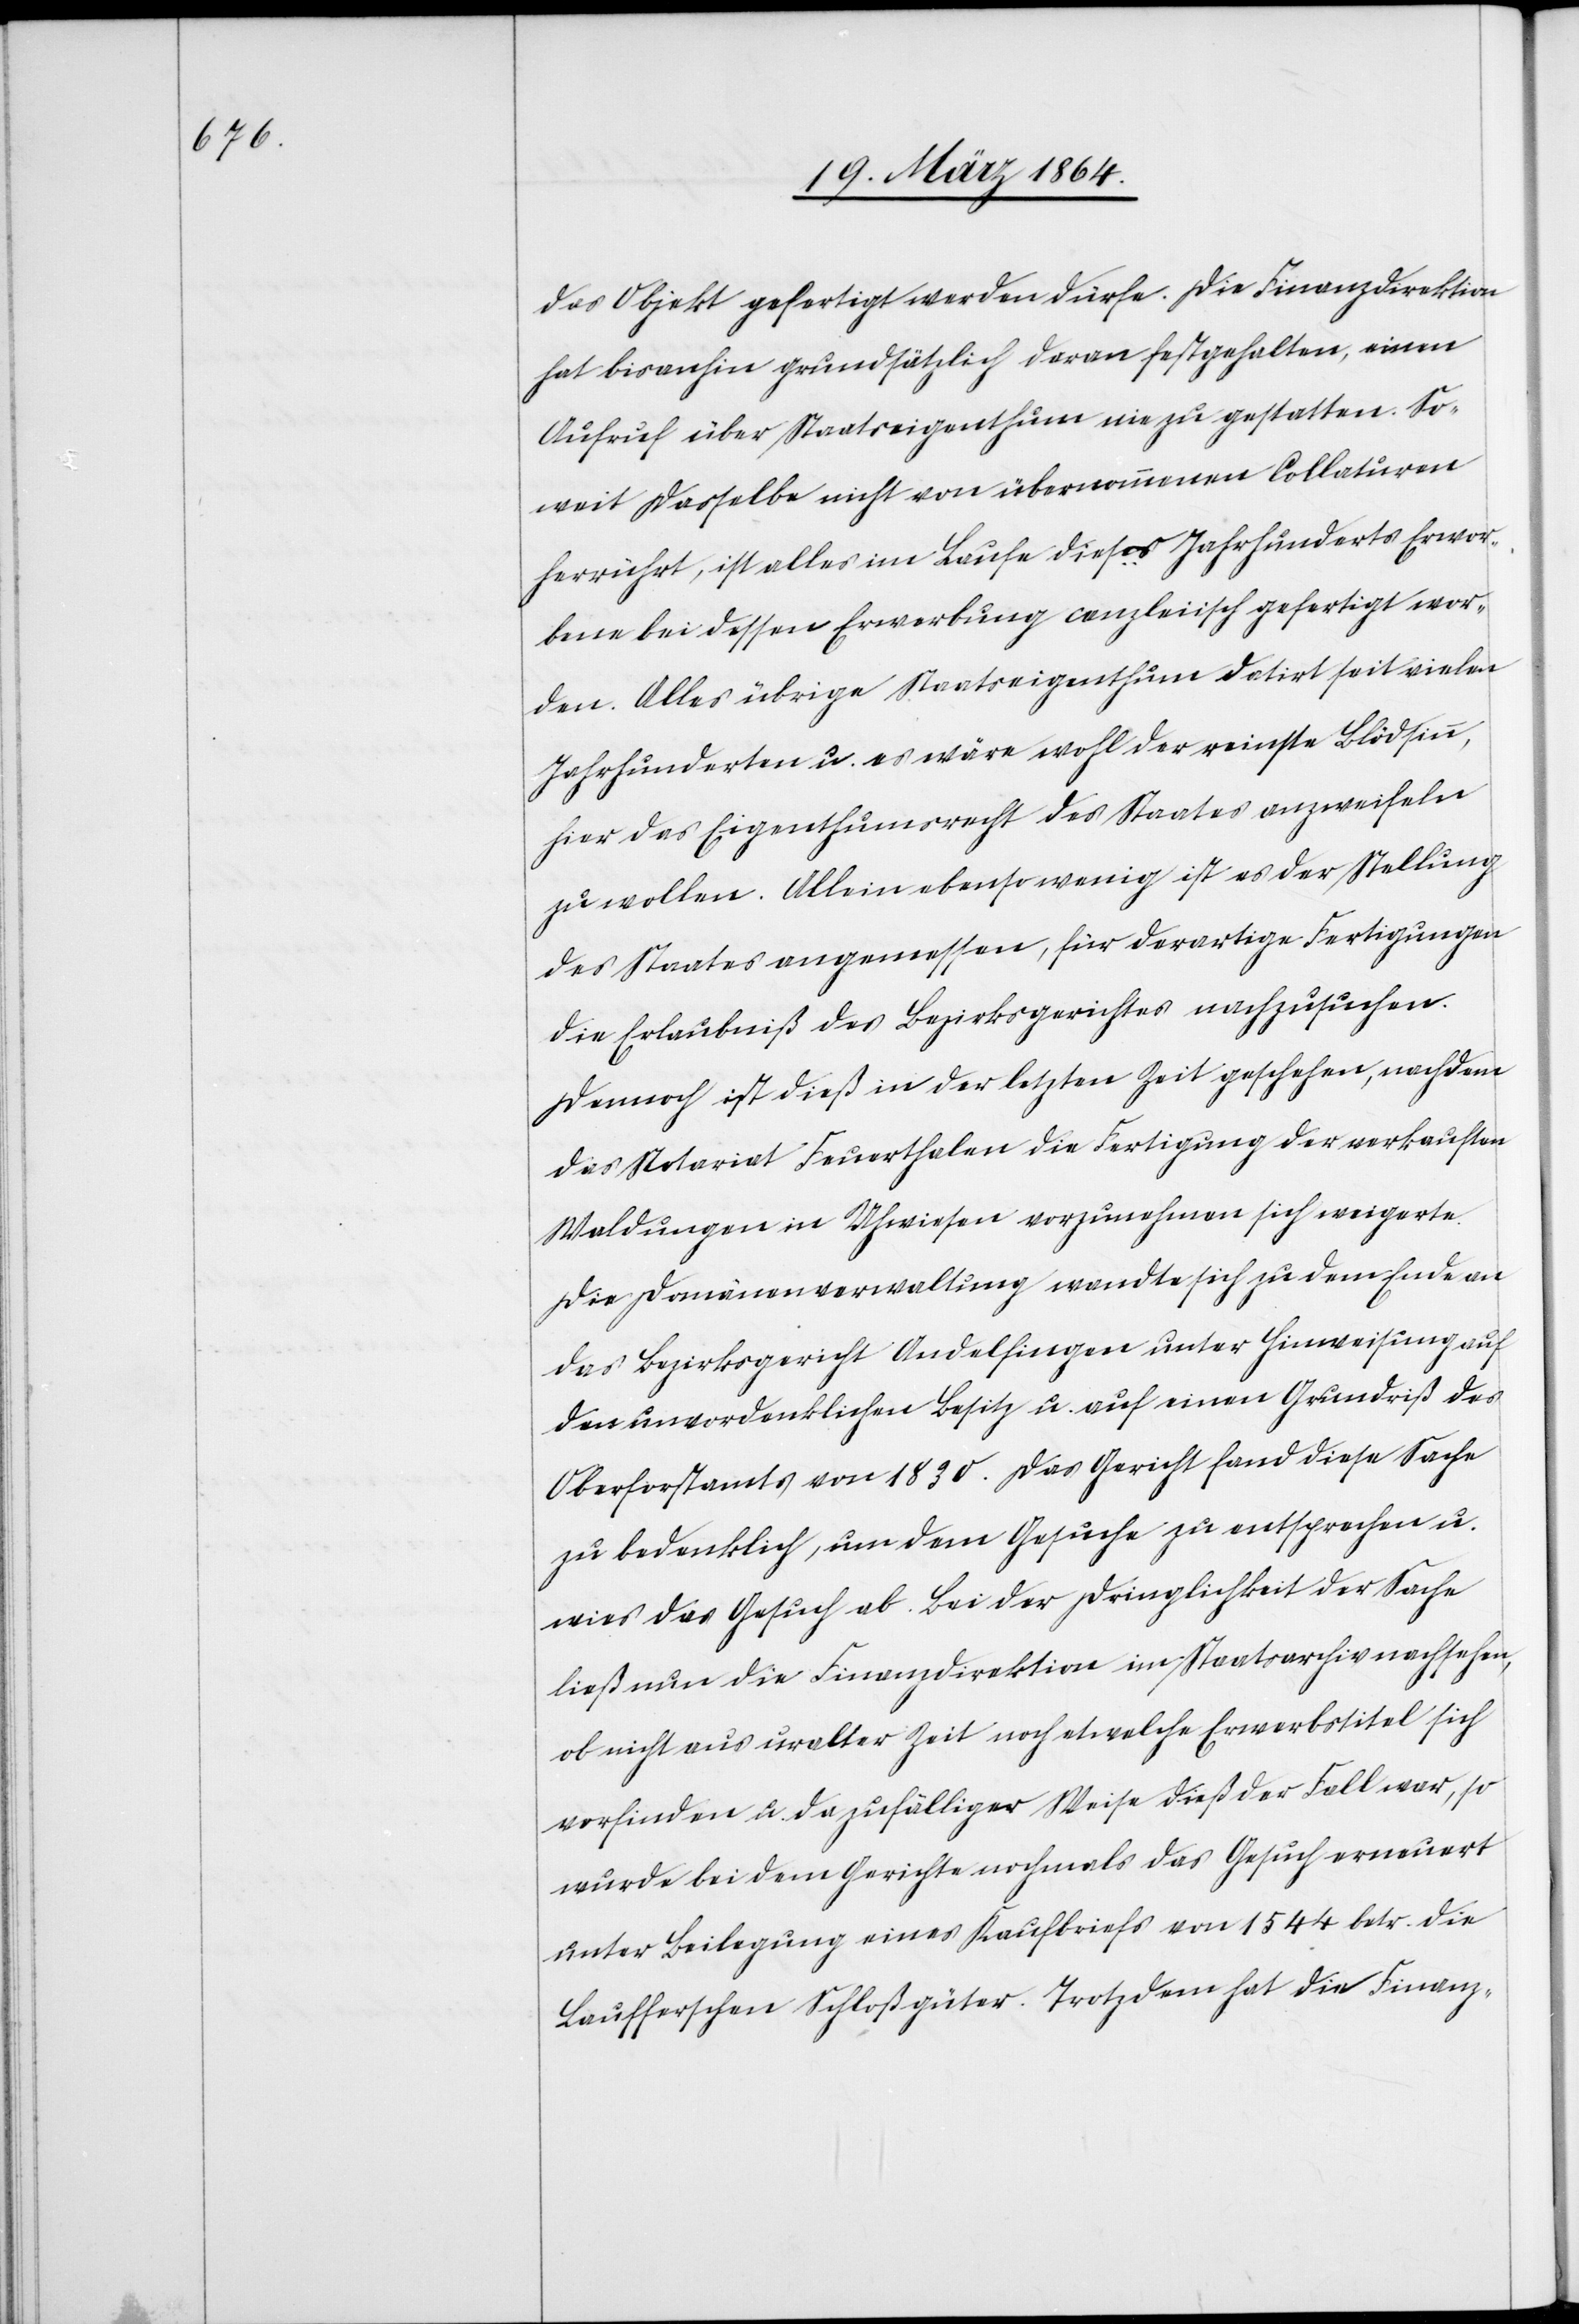
das Objekt gefertigt werden dürfe. Die Finanzdirektion
hat bisanhin grundsätzlich daran festgehalten, einen
Aufruf über Staatseigenthum nie zu gestatten. So¬
weit dasselbe nicht von übernommenen Collaturen
herrührt, ist alles im Laufe dieses Jahrhunderts Erwor¬
bene bei dessen Erwerbung canzleiisch gefertigt wor¬
den. Alles übrige Staatseigenthum datirt seit vielen
Jahrhunderten u. es wäre wohl der reinste Blödsinn,
hier das Eigenthumsrecht des Staates anzweifeln
zu wollen. Allein ebenso wenig ist es der Stellung
des Staates angemessen, für derartige Fertigungen
die Erlaubniß des Bezirksgerichtes nachzusuchen.
Dennoch ist dieß in der letzten Zeit geschehen, nachdem
das Notariat Feuerthalen die Fertigung der verkauften
Waldungen in Uhwiesen vorzunehmen sich weigerte.
Die Domänenverwaltung wandte sich zu dem Ende an
das Bezirksgericht Andelfingen unter Hinweisung auf
den unvordenklichen Besitz u. auf einen Grundriß des
Oberforstamts von 1830. Das Gericht fand diese Sache
zu bedenklich, um dem Gesuche zu entsprechen u.
wies das Gesuch ab. Bei der Dringlichkeit der Sache
ließ nun die Finanzdirektion im Staatsarchiv nachsehen,
ob nicht aus uralter Zeit noch etwelche Erwerbstitel sich
vorfinden u. da zufälliger Weise dieß der Fall war, so
wurde bei dem Gerichte nochmals das Gesuch erneuert
unter Beilegung eines Kaufbriefs von 1544 betr. die
Laufferschen Schloßgüter. Trotzdem hat die Finanz-